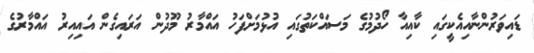
ޑައިވަރުންނާއިއެކީގައި ކާއިއާ ހޯދުމުގެ މަސައްކަތުގައި އުޅުމަށްފަހު އައްމާރު މޫދުން އަރައިގެން އައިއިރު އައްމާރުގެ